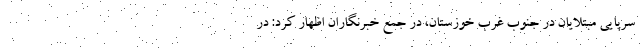
سرپایی مبتلایان در جنوب غرب خوزستان، در جمع خبرنگاران اظهار کرد: در